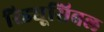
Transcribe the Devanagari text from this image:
रिड्यूसिबल